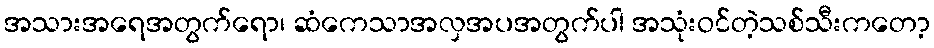
အသားအရေအတွက်ရော၊ ဆံကေသာအလှအပအတွက်ပါ အသုံးဝင်တဲ့သစ်သီးကတော့